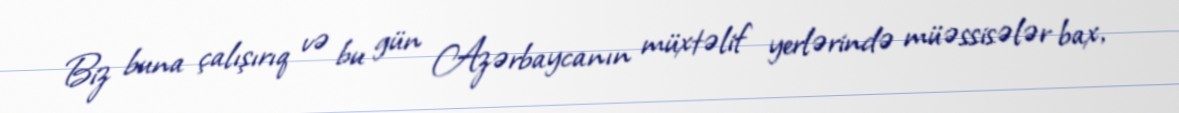
Biz buna çalışırıq və bu gün Azərbaycanın müxtəlif yerlərində müəssisələr bax,